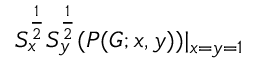
S _ { x } ^ { \frac { 1 } { 2 } } S _ { y } ^ { \frac { 1 } { 2 } } ( P ( G ; x , y ) ) | _ { x = y = 1 }